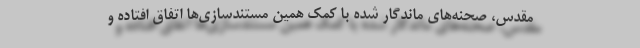
مقدس، صحنه‌های ماندگار شده با کمک همین مستندسازی‌ها اتفاق افتاده و